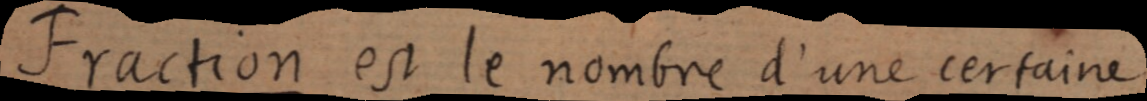
Fraction est le nombre d’une certaine